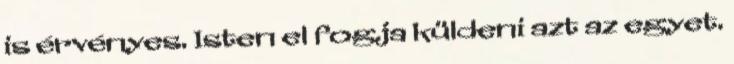
is érvényes. Isten el fogja küldeni azt az egyet.